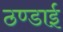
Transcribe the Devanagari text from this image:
ठण्डाई